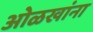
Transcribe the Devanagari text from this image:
ओळखांना